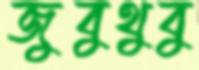
জুবুথুবু